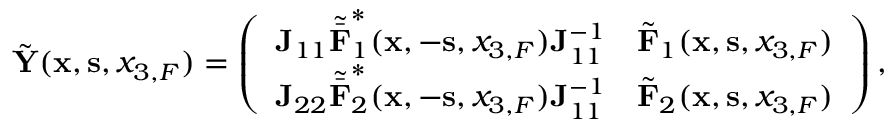
\begin{array} { r l r } & { } & { \tilde { \bf Y } ( { { \bf x } } , { { \bf s } } , { x _ { 3 , F } } ) = \left( \begin{array} { l l } { { \bf J } _ { 1 1 } { \tilde { \bar { \bf F } } } _ { 1 } ^ { * } ( { { \bf x } } , - { { \bf s } } , { x _ { 3 , F } } ) { \bf J } _ { 1 1 } ^ { - 1 } } & { \tilde { \bf F } _ { 1 } ( { { \bf x } } , { { \bf s } } , { x _ { 3 , F } } ) } \\ { { \bf J } _ { 2 2 } { \tilde { \bar { \bf F } } } _ { 2 } ^ { * } ( { { \bf x } } , - { { \bf s } } , { x _ { 3 , F } } ) { \bf J } _ { 1 1 } ^ { - 1 } } & { \tilde { \bf F } _ { 2 } ( { { \bf x } } , { { \bf s } } , { x _ { 3 , F } } ) } \end{array} \right) , } \end{array}